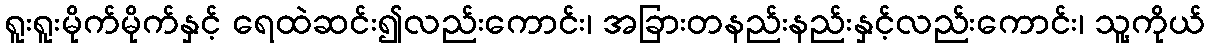
ရူးရူးမိုက်မိုက်နှင့် ရေထဲဆင်း၍လည်းကောင်း၊ အခြားတနည်းနည်းနှင့်လည်းကောင်း၊ သူ့ကိုယ်